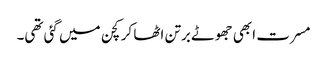
مسرت ابھی جھوٹے برتن اٹھا کر کچن میں گئی تھی۔